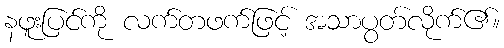
နဖူးပြင်ကို လက်တဖက်ဖြင့် အသာပွတ်လိုက်၏။